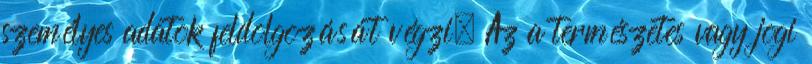
személyes adatok feldolgozását végzi. Az a természetes vagy jogi